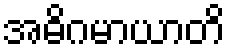
အဓိဂမာယာတိ